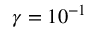
\gamma = 1 0 ^ { - 1 }